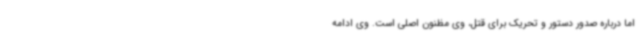
اما درباره صدور دستور و تحریک برای قتل، وی مظنون اصلی است. وی ادامه